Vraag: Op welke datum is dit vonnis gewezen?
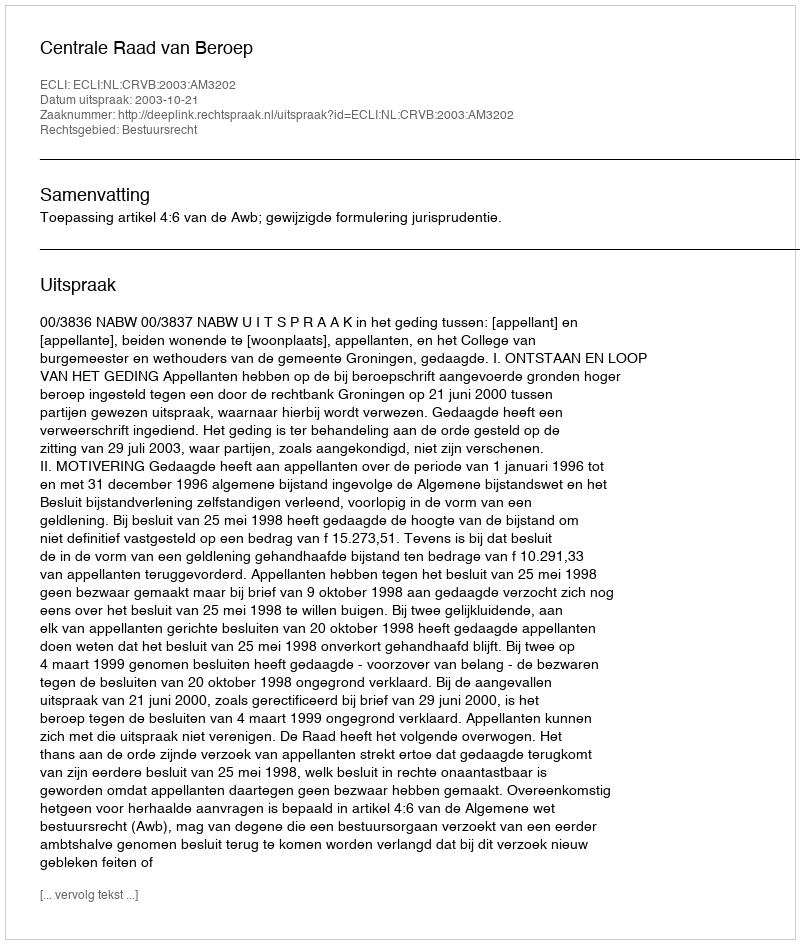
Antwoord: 2003-10-21